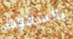
بالسقوط